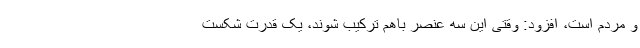
و مردم است، افزود: وقتی این سه عنصر باهم ترکیب شوند، یک قدرت شکست